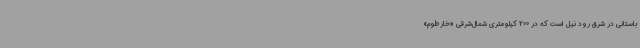
باستانی در شرق رود نیل است که در 200 کیلومتری شمال‌شرقی «خارطوم»